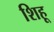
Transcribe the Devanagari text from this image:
शिहू